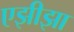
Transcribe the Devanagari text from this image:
एझीझा